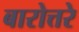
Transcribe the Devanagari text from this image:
बारोत्तरे